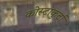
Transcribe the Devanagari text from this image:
कोस्टाकुर्टा